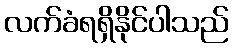
လက်ခံရရှိနိုင်ပါသည်